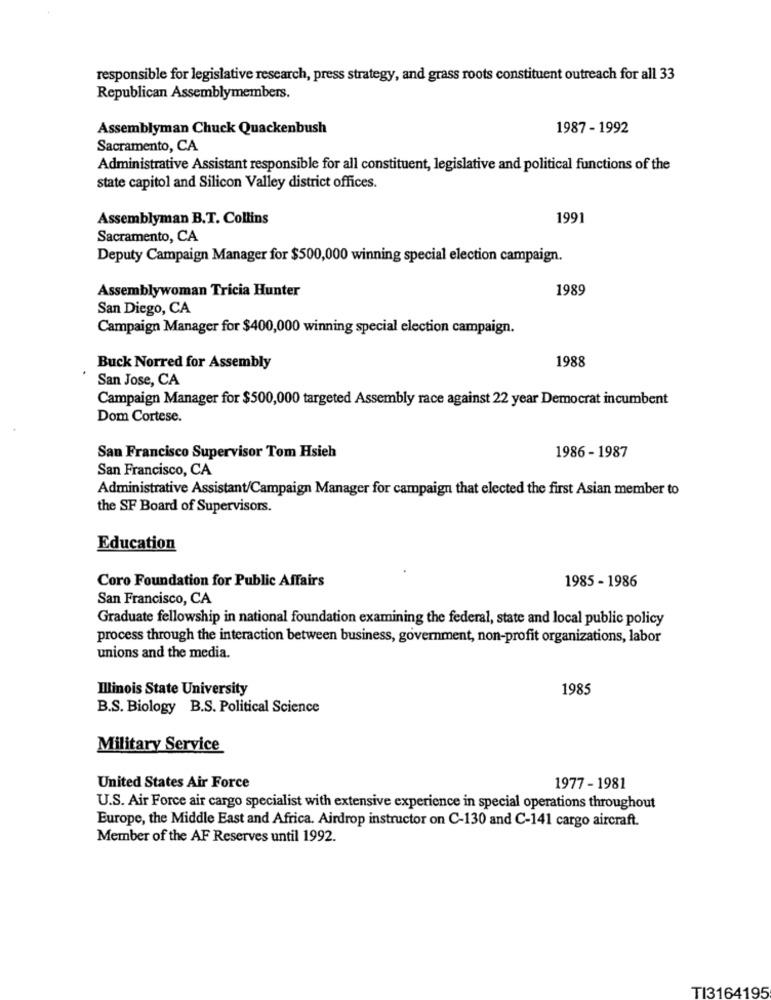
responsible for legislative research, press strategy, and grass roots constituent outreach for all 33
Republican Assemblymembers.
Assemblyman Chuck Quackenbush
1987 - 1992
Sacramento, CA
Administrative Assistant responsible for all constituent, legislative and political functions of the
state capitol and Silicon Valley district offices.
Assemblyman B.T. Collins
1991
Sacramento, CA
Deputy Campaign Manager for $500,000 winning special election campaign.
Assemblywoman Tricia Hunter
1989
San Diego, CA
Campaign Manager for $400,000 winning special election campaign.
1988
Buck Norred for Assembly
San Jose, CA
Campaign Manager for $500,000 targeted Assembly race against 22 year Democrat incumbent
Dom Cortese.
San Francisco Supervisor Tom Hsieh
1986 - 1987
San Francisco, CA
Administrative Assistant/Campaign Manager for campaign that elected the first Asian member to
the SF Board of Supervisors.
Education
Coro Foundation for Public Affairs
1985 - 1986
San Francisco, CA
Graduate fellowship in national foundation examining the federal, state and local public policy
process through the interaction between business, government, non-profit organizations, labor
unions and the media.
Illinois State University
1985
B.S. Biology B.S. Political Science
Military Service
United States Air Force
1977 - 1981
U.S. Air Force air cargo specialist with extensive experience in special operations throughout
Europe, the Middle East and Africa. Airdrop instructor on C-130 and C-141 cargo aircraft.
Member of the AF Reserves until 1992.
TI3164195